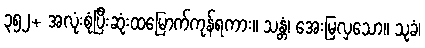
၃၅၂+ အလုံးစုံပြီးဆုံးထမြောက်ကုန်ရကား။ သန္တံ၊ အေးမြလှသော။ သုခံ၊